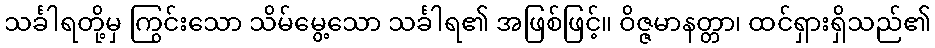
သင်္ခါရတို့မှ ကြွင်းသော သိမ်မွေ့သော သင်္ခါရ၏ အဖြစ်ဖြင့်။ ဝိဇ္ဇမာနတ္တာ၊ ထင်ရှားရှိသည်၏